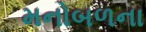
મનોબળના